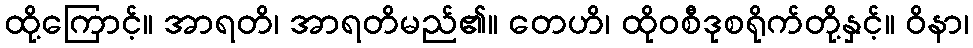
ထို့ကြောင့်။ အာရတိ၊ အာရတိမည်၏။ တေဟိ၊ ထိုဝစီဒုစရိုက်တို့နှင့်။ ဝိနာ၊